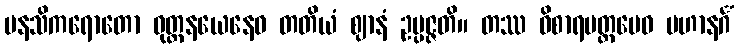
မနသိကရောတော ဝုတ္တနယေနေဝ တတိယံ ဈာနံ ဥပ္ပဇ္ဇတိ။ တဿ ဝိစာရမတ္တမေဝ ပဟာနင်္ဂံ